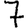
Digit: 7